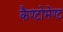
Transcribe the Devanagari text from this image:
कैण्‍टोमेण्‍ट